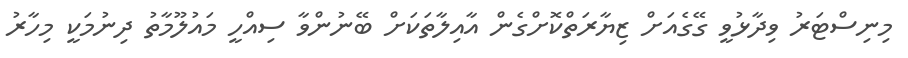
މިނިސްޓަރު ވިދާޅުވީ ގޭގެއަށް ޒިޔާރަތްކޮށްގެން އާއިލާތަކަށް ބޭނުންވާ ސިއްހީ މައުލޫމާތު ދިނުމަކީ މިހާރު